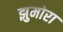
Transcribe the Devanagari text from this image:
झुमोरा